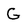
Character: G